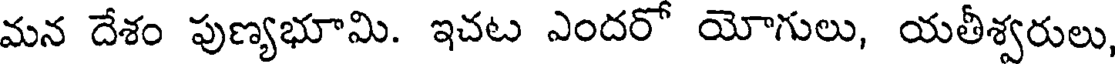
మన దేశం పుణ్యభూమి. ఇచట ఎందరో యోగులు, యతీశ్వరులు